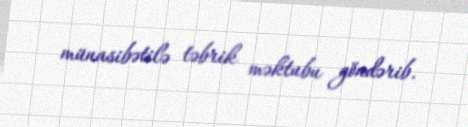
münasibətilə təbrik məktubu göndərib.